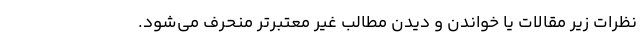
نظرات زیر مقالات یا خواندن و دیدن مطالب غیر معتبرتر منحرف می‌شود.